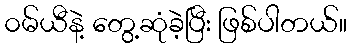
၀မ်ယီနဲ့ တွေ့ဆုံခဲ့ပြီး ဖြစ်ပါတယ်။